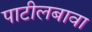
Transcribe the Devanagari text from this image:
पाटीलबावा